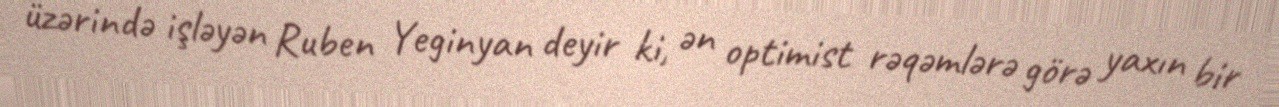
üzərində işləyən Ruben Yeginyan deyir ki, ən optimist rəqəmlərə görə yaxın bir